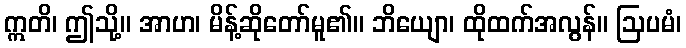
ဣတိ၊ ဤသို့။ အာဟ၊ မိန့်ဆိုတော်မူ၏။ ဘိယျော၊ ထိုထက်အလွန်။ ဩပမံ၊